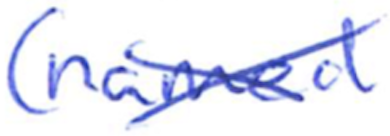
Text: (named
Cross-out: cross
Writing tool: ballpoint